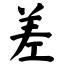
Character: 差